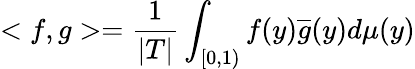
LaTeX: <f,g>={\frac{1}{|T|}}\int_{[0,1)}f(y){\overline{{g}}}(y)d\mu(y)